Annual report of the Punjab Veterinary College and of the Civil Veterinary Department, Punjab - 1926-1932
Year: 1926
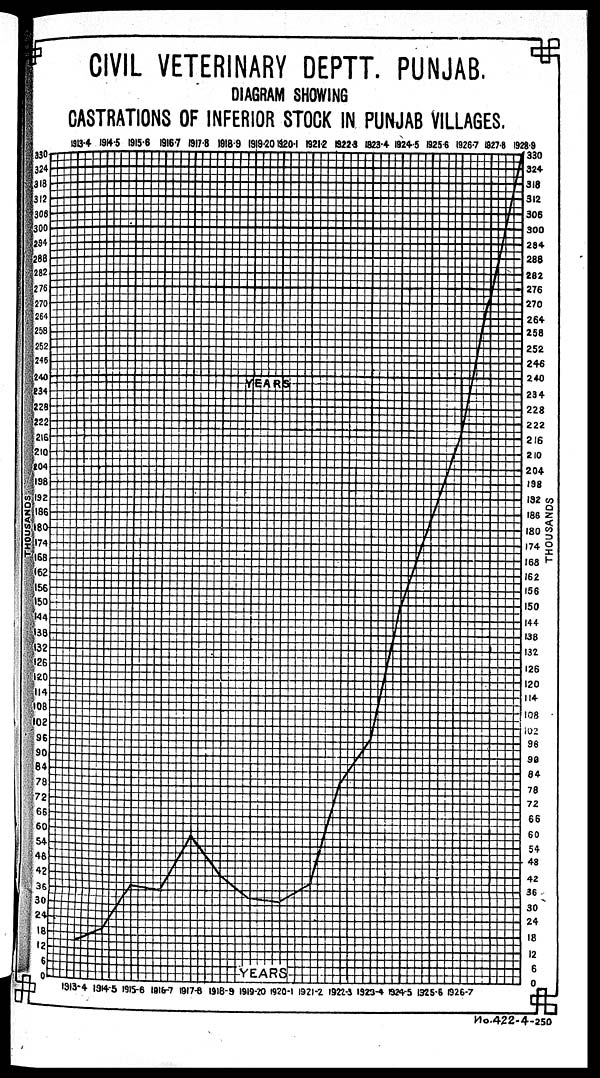
CIVIL VETERINARY DEPTT. PUNJAB.
DIAGRAM SHOWING
CASTRATIONS OF INFERIOR STOCK IN PUNJAB VILLAGES.
No.422-4-250